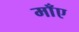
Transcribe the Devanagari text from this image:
माँए